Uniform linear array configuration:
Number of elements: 48
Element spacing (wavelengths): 0.5
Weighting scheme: exponential
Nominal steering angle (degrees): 15
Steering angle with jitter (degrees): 13.816
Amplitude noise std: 0.05
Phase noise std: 0.05

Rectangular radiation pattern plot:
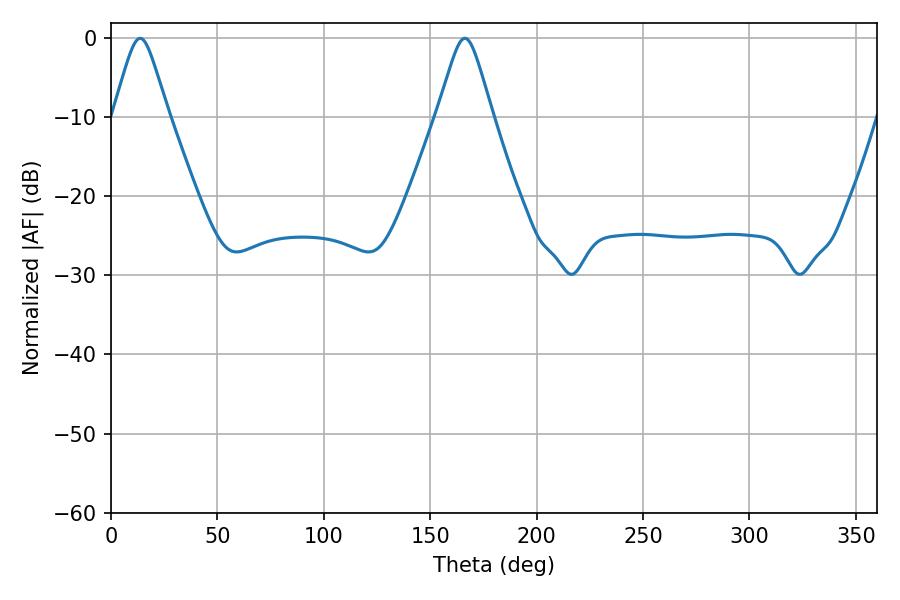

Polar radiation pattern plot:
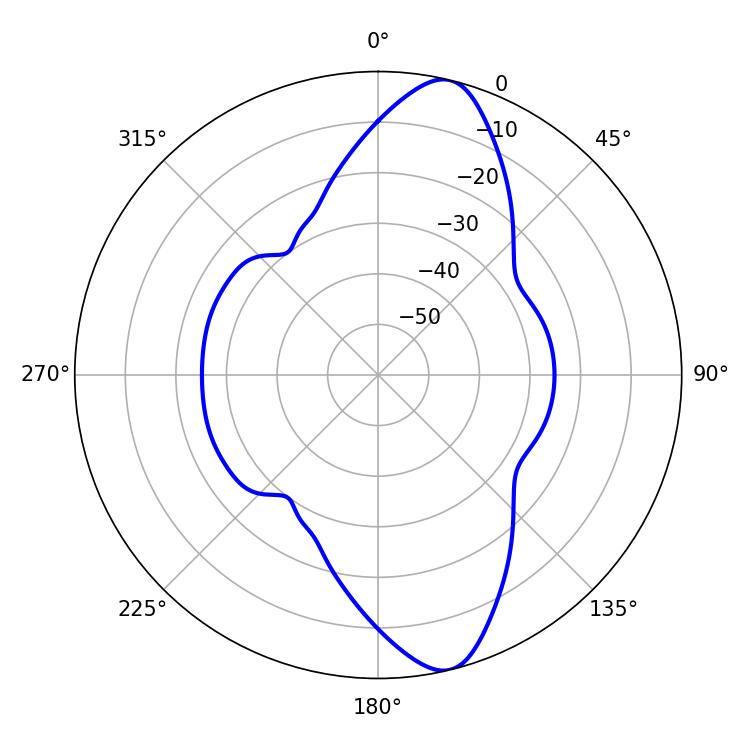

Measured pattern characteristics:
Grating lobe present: FALSE
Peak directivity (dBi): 12.113
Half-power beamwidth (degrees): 12.24
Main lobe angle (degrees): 13.68